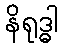
နိရုဒ္ဓါ